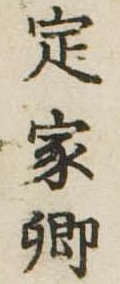
定家卿